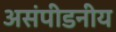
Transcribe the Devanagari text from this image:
असंपीडनीय